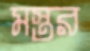
মস্তর